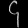
Digit: ၄